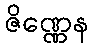
ဇိဏ္ဏေန